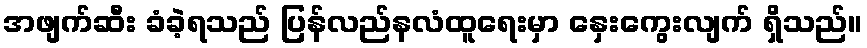
အဖျက်ဆီး ခံခဲ့ရသည် ပြန်လည်နလံထူရေးမှာ နှေးကွေးလျက် ရှိသည်။